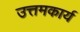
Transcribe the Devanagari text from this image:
उत्तमकार्य